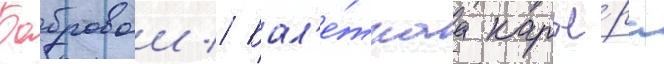
Бобровои // Бал'е́тнаа карье́ра